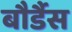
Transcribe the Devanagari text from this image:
बौर्डैस